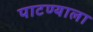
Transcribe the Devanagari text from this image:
पाटण्याला